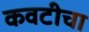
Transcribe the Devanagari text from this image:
कवटीचा